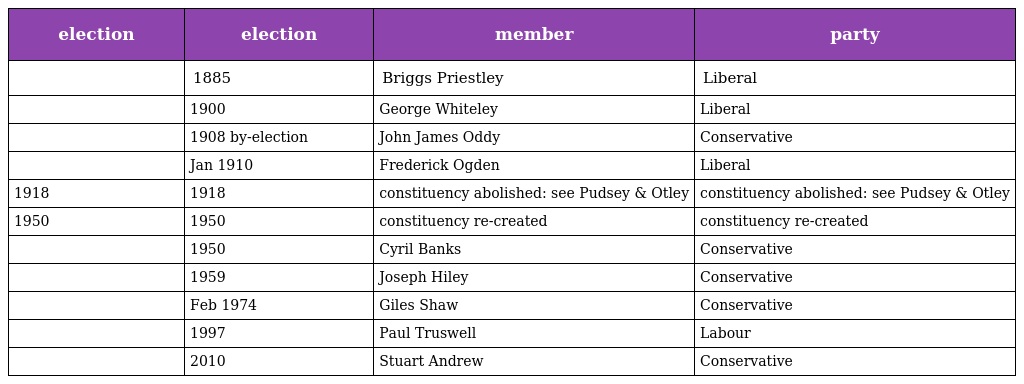
| election | election | member | party |
 | --- | --- | --- | --- |
 |  | 1885 | Briggs Priestley | Liberal |
 |  | 1900 | George Whiteley | Liberal |
 |  | 1908 by-election | John James Oddy | Conservative |
 |  | Jan 1910 | Frederick Ogden | Liberal |
 | 1918 | 1918 | constituency abolished: see Pudsey & Otley | constituency abolished: see Pudsey & Otley |
 | 1950 | 1950 | constituency re-created | constituency re-created |
 |  | 1950 | Cyril Banks | Conservative |
 |  | 1959 | Joseph Hiley | Conservative |
 |  | Feb 1974 | Giles Shaw | Conservative |
 |  | 1997 | Paul Truswell | Labour |
 |  | 2010 | Stuart Andrew | Conservative |